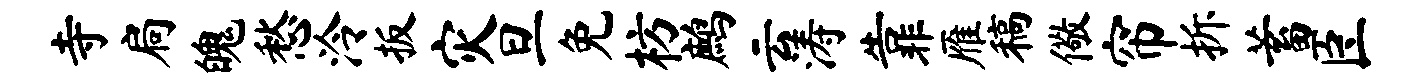
寺扃魄愁泠扳灾旦免枋鹧云涛靠雁稿儆帘拆蓄臣